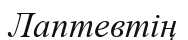
Лаптевтің